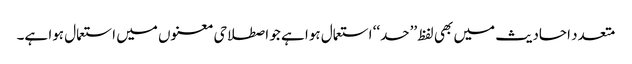
متعدد احادیث میں بھی لفظ ’’حد‘‘ استعمال ہوا ہے جو اصطلاحی معنوں میں استعمال ہوا ہے۔